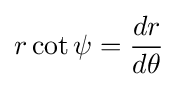
r\cot \psi ={\frac {dr}{d\theta }}